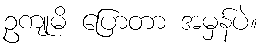
ဥကျုမိ ပြောတာ အမှန်ပဲ။